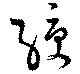
綬